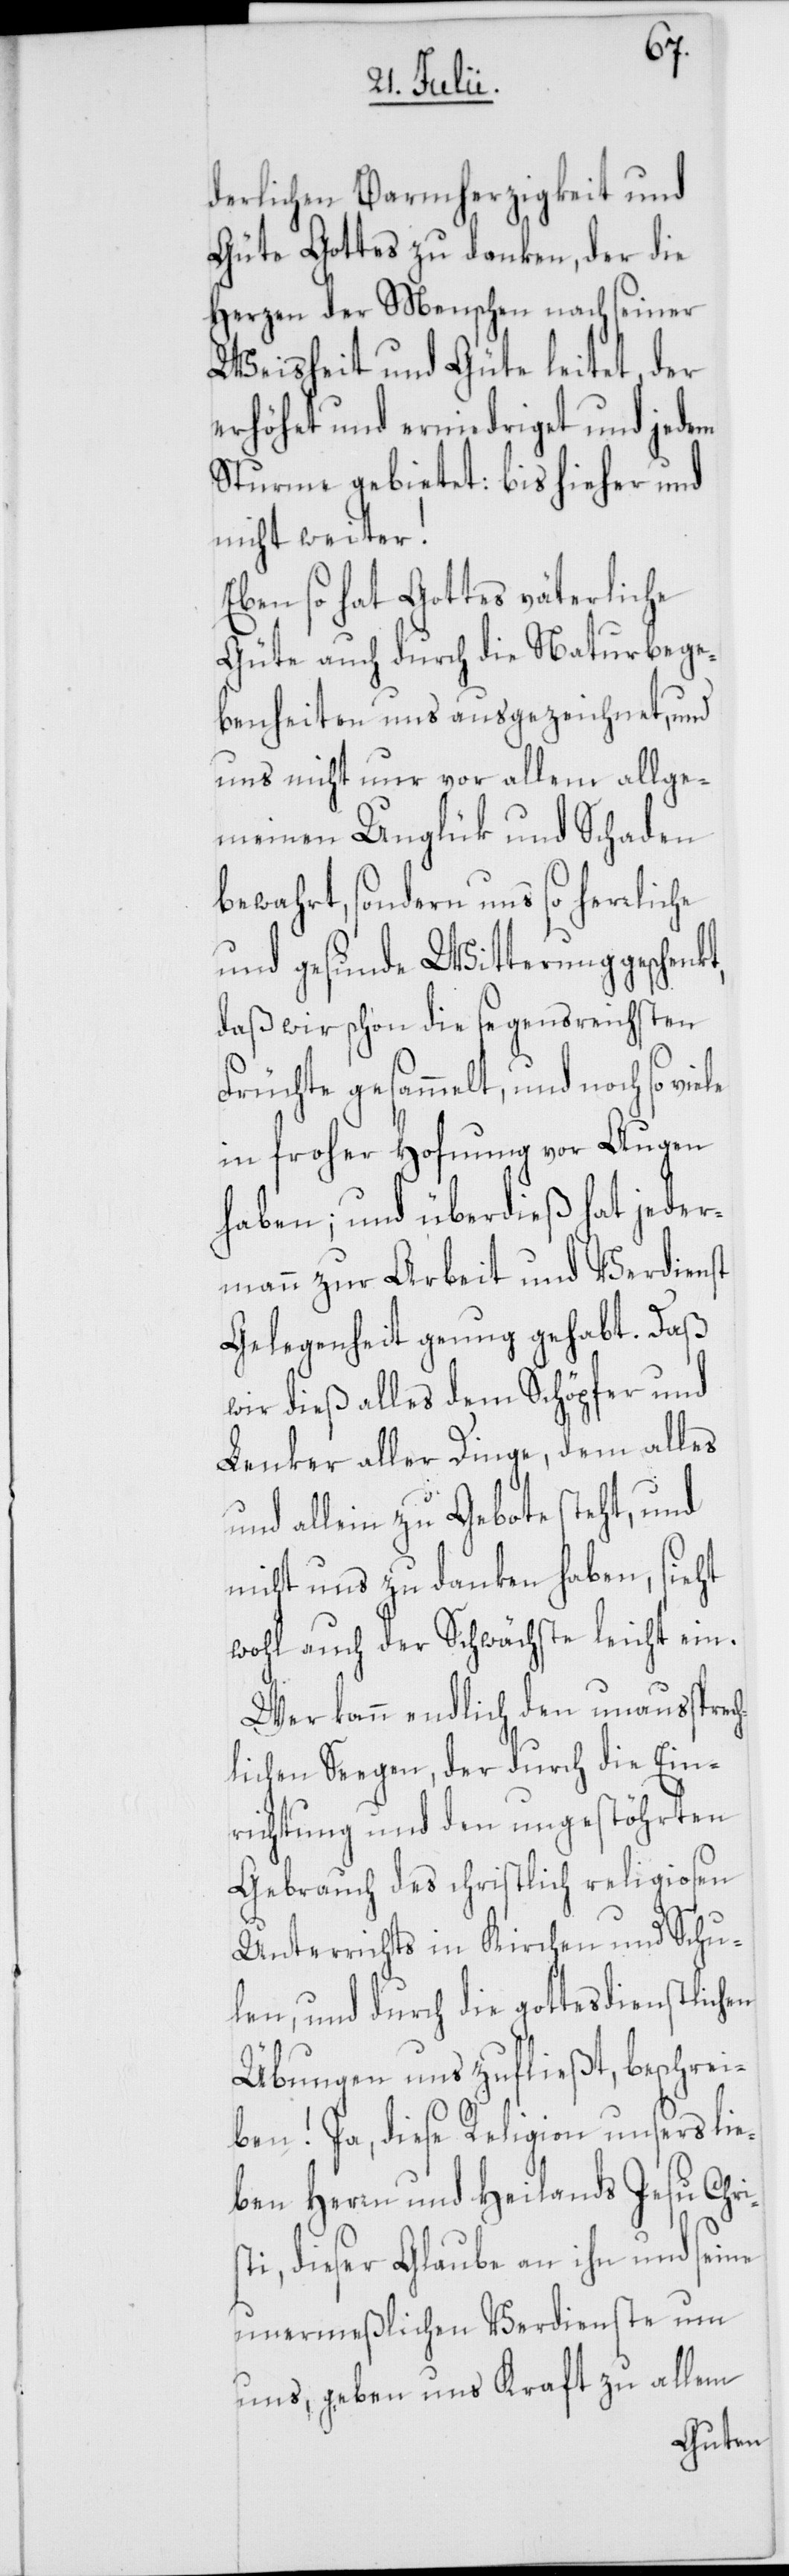
st¬
derlichen Barmherzigkeit und
Güte Gottes zu danken, der die
Herzen der Menschen nach seiner
Weisheit und Güte leitet, der
erhöhet und erniedriget und jedem
Sturme gebietet: bis hieher und
nicht weiter!
Eben so hat Gottes väterliche
Güte auch durch die Naturbege¬
benheiten uns ausgezeichnet, und
uns nicht nur vor allem allge¬
meinen Unglük und Schaden
bewahrt, sondern uns so herrliche
und gesunde Witterung geschenk¬
daß wir schon die segensreichsten
Früchte gesammelt, und noch so
in froher Hofnung vor Augen
haben; und überdieß hat jeder¬
mann zur Arbeit und Verdienst
Gelgegenheit genug gehabt. Daß
wir dieß alles dem Schöpfer und
Lenker aller Dinge, dem alles
und allein zu Gebote steht, und
nicht uns zu danken haben, sieht
wohl auch der Schwächste leicht ein.
Wer kann endlich den unaussprec¬
hlichen Seegen, der durch die Ein¬
richtung und den ungestöhrten
Gebrauch des christlich religiosen
Unterrichts in Kirchen und Schu¬
len, und durch die gottesdienstlichen
Übungen uns zufließt, beschrei¬
ben! Ja, diese Religion unsers lie¬
ben Herrn und Heilands Jesu Chri¬
i, dieser Glaube an ihn und seine
unermeßlichen Verdienste um
uns, geben aus Kraft zu allem